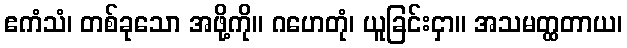
ဧကံသံ၊ တစ်ခုသော အဖို့ကို။ ဂဟေတုံ၊ ယူခြင်းငှာ။ အသမတ္ထတာယ၊